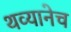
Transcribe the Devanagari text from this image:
थव्यानेच